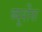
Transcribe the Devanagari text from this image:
ब्यूर्शेंस